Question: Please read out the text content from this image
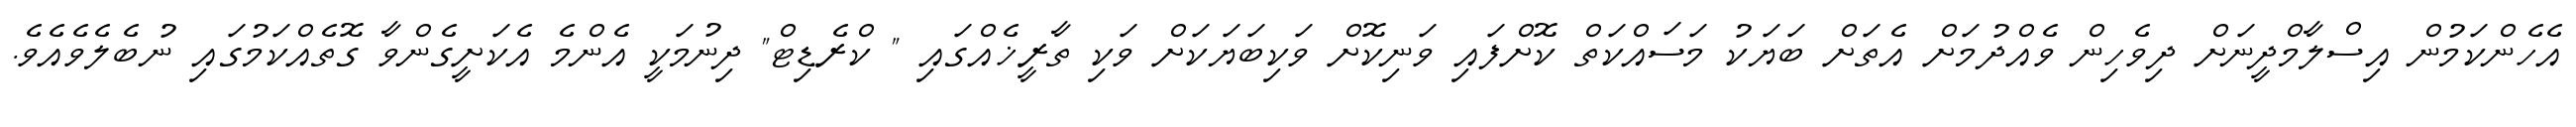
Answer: އެހެންކަމުން އިސްލާމްދީނަށް ދިވެހިން ވެއްދުމަށް އެތަށް ބަޔަކު މަސައްކަތް ކޮށްފައި ވަނިކޮށް ވަކިބަޔަކަށް ވަކި ތާރީޚެއްގައި " ކްރެޑިޓް" ދިނުމަކީ އެންމެ އެކަށީގެންވާ ގޮތެއްކަމުގައި ނުބެލެވެއެވެ.